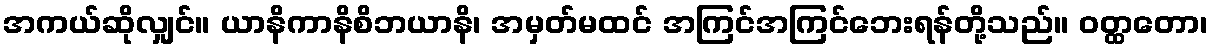
အကယ်ဆိုလျှင်။ ယာနိကာနိစိဘယာနိ၊ အမှတ်မထင် အကြင်အကြင်ဘေးရန်တို့သည်။ ဝတ္ထတော၊